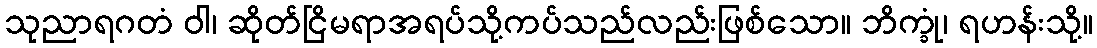
သုညာရဂတံ ဝါ၊ ဆိုတ်ငြိမရာအရပ်သို့ကပ်သည်လည်းဖြစ်သော။ ဘိက္ခုံ၊ ရဟန်းသို့။